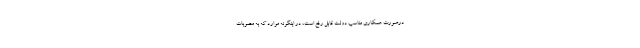
درصورت همکاری مناسب دولت قابل رفع است، در اینگونه موارد که به مصوبات